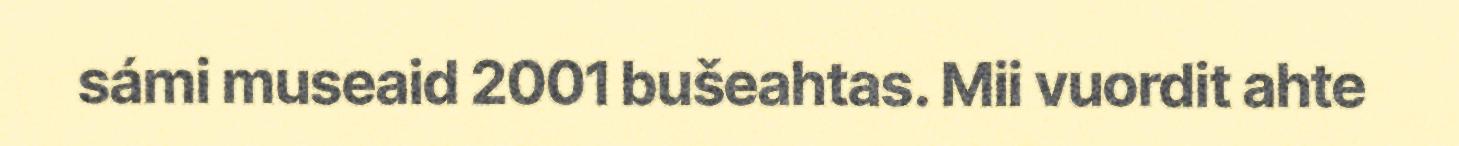
sámi museaid 2001 bušeahtas. Mii vuordit ahte